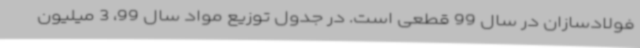
فولادسازان در سال 99 قطعی است. در جدول توزیع مواد سال 99، 3 میلیون